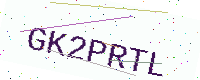
Text: GK2PRTL